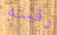
رقبته